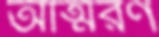
আত্মরণ